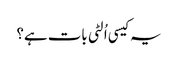
یہ کیسی اُلٹی بات ہے؟